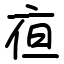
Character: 亱